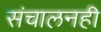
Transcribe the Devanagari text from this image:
संचालनही